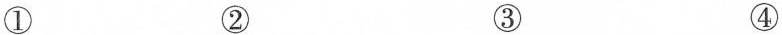
① ② ③ ④